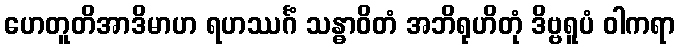
ဟေတူတိအာဒိမာဟ ရဟဿင်္ဂံ သန္ဓာဝိတံ အဘိရုဟိတုံ ဒိဗ္ဗရူပံ ဝါကရာ